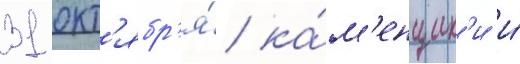
31 окт'ябр'я́ ка́м'енщик'и и́